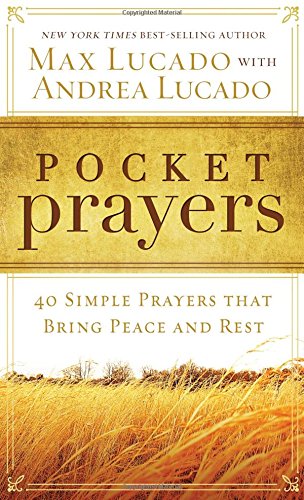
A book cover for Pocket Prayers: 40 Simple Prayers that Bring Peace and Rest; Max Lucado; Christian Books & Bibles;